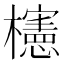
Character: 櫶